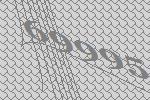
69995